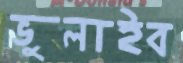
ভুলাইব